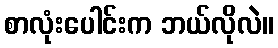
စာလုံးပေါင်းက ဘယ်လိုလဲ။